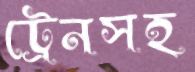
ট্রেনসহ